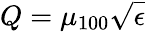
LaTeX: Q=\mu_{100}\sqrt{\epsilon}